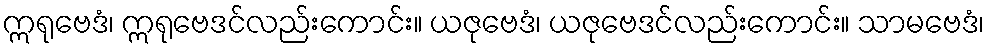
ဣရုဗေဒံ၊ ဣရုဗေဒင်လည်းကောင်း။ ယဇုဗေဒံ၊ ယဇုဗေဒင်လည်းကောင်း။ သာမဗေဒံ၊